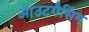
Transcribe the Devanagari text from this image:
आउटगैसिंग